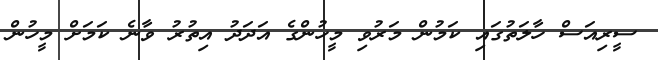
ސީރިއަސް ހާލަތުގައި ކަމުން މަރުވި މީހުންގެ އަދަދު އިތުރު ވާނެ ކަމަށް މީހުން